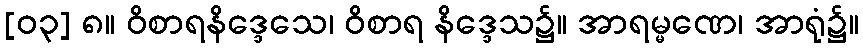
[၀၃] ၈။ ဝိစာရနိဒ္ဒေသေ၊ ဝိစာရ နိဒ္ဒေသ၌။ အာရမ္မဏေ၊ အာရုံ၌။